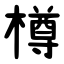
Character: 樽